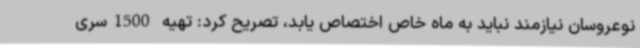
نوعروسان نیازمند نباید به ماه خاص اختصاص یابد، تصریح کرد: تهیه 1500سری